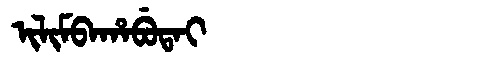
Manchu: ᡳᠯᡳᠮᠪᠠᡥᠠᠪᡠᡨᠠᡳ
Romanization: ILIMBAHABUTAI